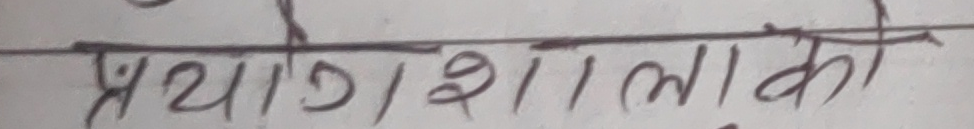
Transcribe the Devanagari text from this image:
प्रयोगशालाका